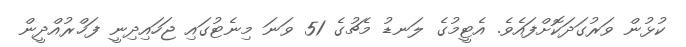
ކުޅުން ވަރުގަދަކޮށްފައެވެ. އެޓީމުގެ ލަނޑު މެޗުގެ 51 ވަނަ މިނެޓުގައި ޖަހައިދިނީ ފަޚްރުއްދީން